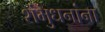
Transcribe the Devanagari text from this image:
शंभुधनांना